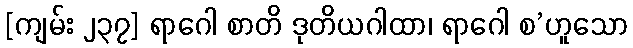
[ကျမ်း ၂၃၇] ရာဂေါ စာတိ ဒုတိယဂါထာ၊ ရာဂေါ စ’ဟူသော